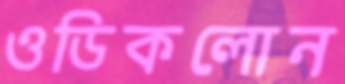
ওডিকলোন